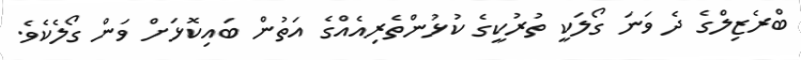
ބްރެޒިލްގެ ދެ ވަނަ ގޯލަކީ ތުރުކީގެ ކުޅުންތެރިއެއްގެ އަތުން ބައިކޮޅަށް ވަން ގޯލެކެވެ.